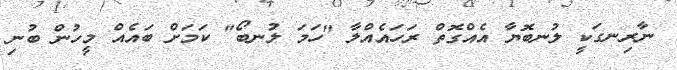
ނާރިނގަކީ ލުނބޮޔާ އެއްގޮތް ރަހައެއްލާ "ހަމަ ލުނބޯ" ކަމަށް ބައެއްް މީހުން ބުނި